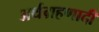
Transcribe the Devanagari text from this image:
अर्थग्रहणादी